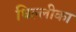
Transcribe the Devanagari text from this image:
धिल्लीका